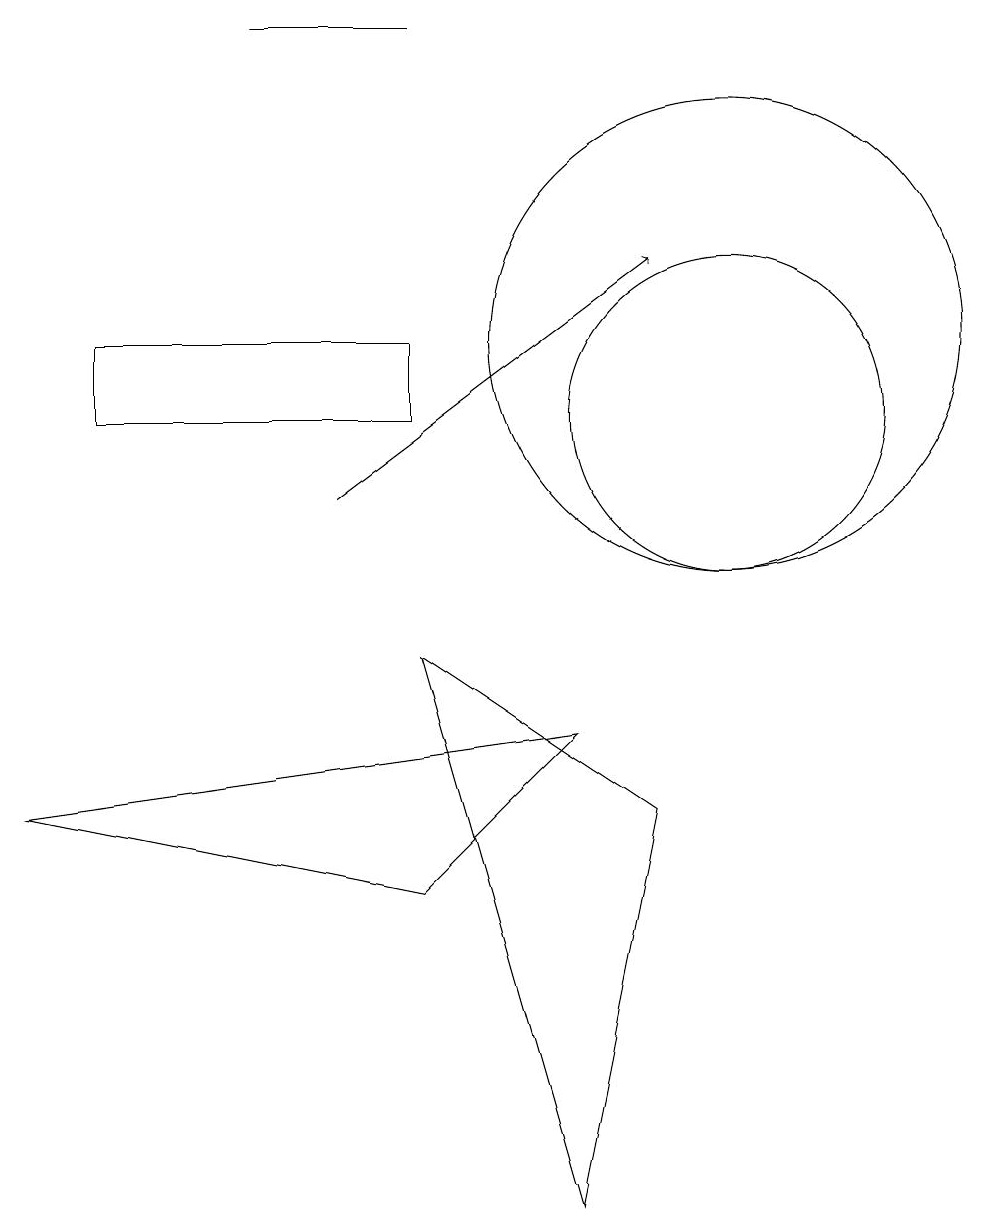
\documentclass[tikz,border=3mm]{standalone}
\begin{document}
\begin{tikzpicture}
\draw (10,12) circle (3);
\draw (6,12) rectangle (2,11);
\draw (10,11) circle (2);
\draw[->] (5,10) -- (9,13);
\draw (8,7) -- (1,6) -- (6,5) -- cycle;
\draw (8,1) -- (6,8) -- (9,6) -- cycle;
\draw (6,16) rectangle (4,16);
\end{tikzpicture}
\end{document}